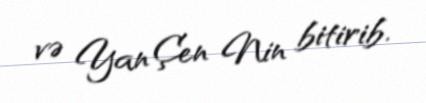
və Yan Çen Nin bitirib.